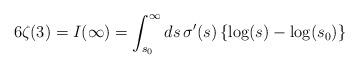
LaTeX: \begin{align*}6\zeta(3)=I(\infty)=\int_{s_0}^\infty ds\,\sigma^\prime(s)\left\{\log(s)-\log(s_0)\right\}\end{align*}